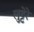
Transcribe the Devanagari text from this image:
लुट्टेरे